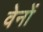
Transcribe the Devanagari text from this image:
वेनों